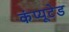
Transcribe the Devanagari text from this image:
कंप्यूटेड